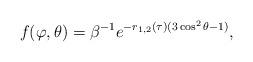
LaTeX: \begin{align*} f (\varphi, \theta) = \beta^{- 1} e^{- r_{1, 2} (\tau) (3 \cos^2 \theta - 1)},\end{align*}